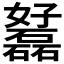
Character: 𡤟